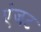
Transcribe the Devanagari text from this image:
एंजट